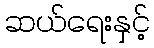
ဆယ်ရေးနှင့်